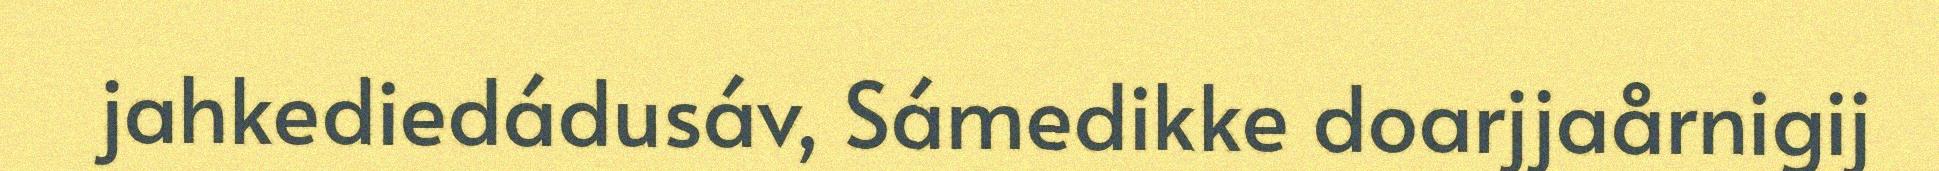
jahkediedádusáv, Sámedikke doarjjaårnigij